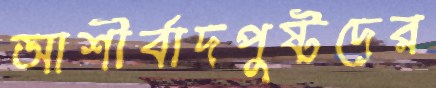
আশীর্বাদপুষ্টদের